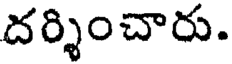
దర్శించారు.